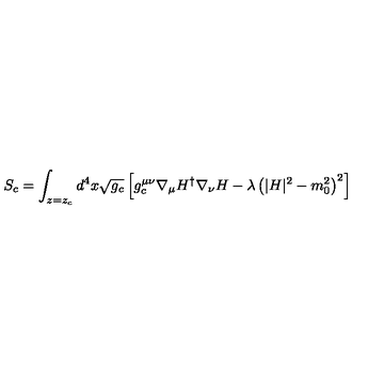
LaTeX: S _ { c } = \int _ { z = z _ { c } } d ^ { 4 } x \sqrt { g _ { c } } \left[ g _ { c } ^ { \mu \nu } \nabla _ { \mu } H ^ { \dagger } \nabla _ { \nu } H - \lambda \left( | H | ^ { 2 } - m _ { 0 } ^ { 2 } \right) ^ { 2 } \right]